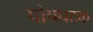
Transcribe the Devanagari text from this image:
पोषघटक